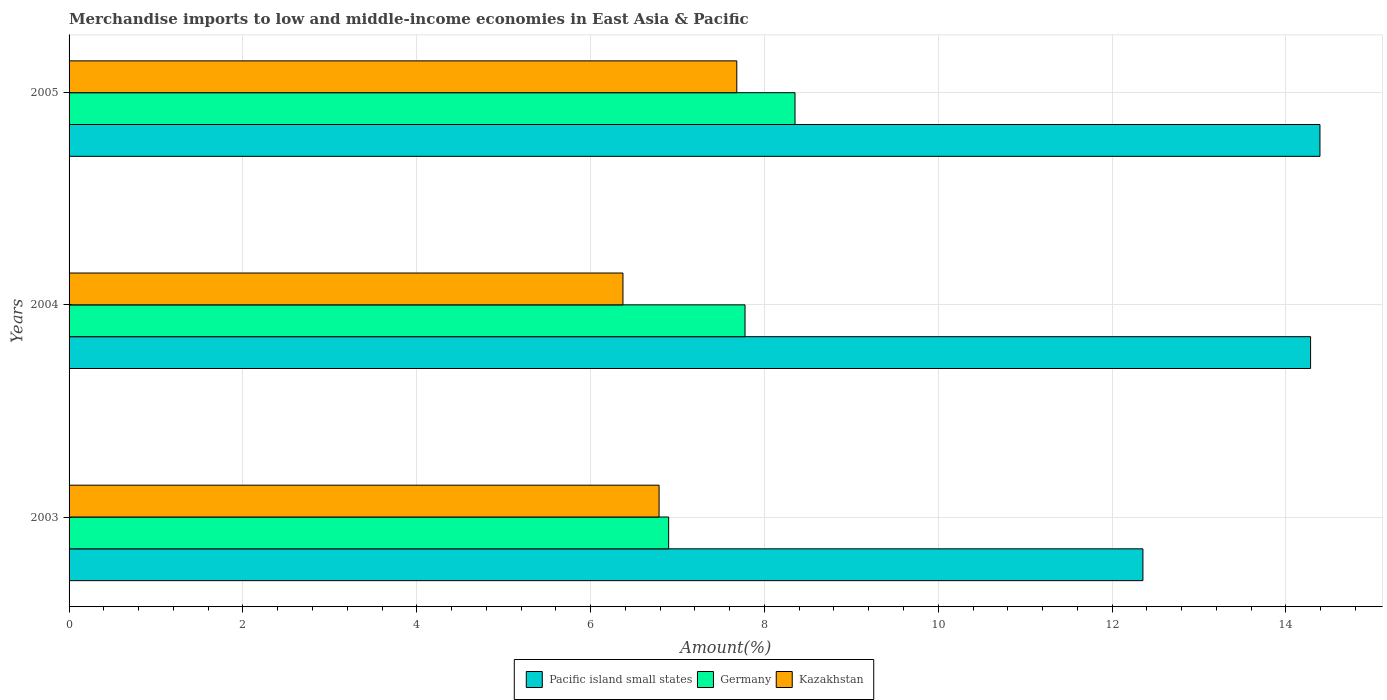
| Years | Pacific island small states | Germany | Kazakhstan |
 | --- | --- | --- | --- |
 | 2003 | 12.4 | 6.9 | 6.79 |
 | 2004 | 14.3 | 7.78 | 6.37 |
 | 2005 | 14.4 | 8.35 | 7.68 |